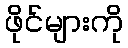
ဖိုင်များကို